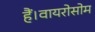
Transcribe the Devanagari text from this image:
हैं।वायरोसोम